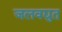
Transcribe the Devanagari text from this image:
जलवद्युत